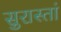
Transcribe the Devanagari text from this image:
सुरास्तां